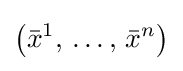
\left({\bar {x}}^{1},\,\ldots ,\,{\bar {x}}^{n}\right)